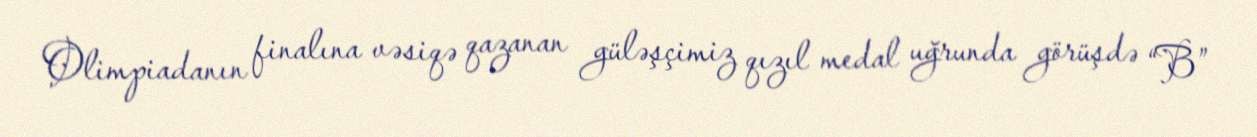
Olimpiadanın finalına vəsiqə qazanan güləşçimiz qızıl medal uğrunda görüşdə “B”